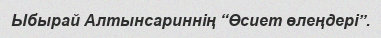
Ыбырай Алтынсариннің “Өсиет өлеңдері”.